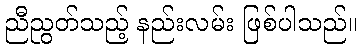
ညီညွတ်သည့် နည်းလမ်း ဖြစ်ပါသည်။